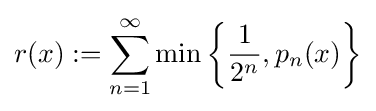
r(x):=\sum _{n=1}^{\infty }\min \left\{{\frac {1}{2^{n}}},p_{n}(x)\right\}